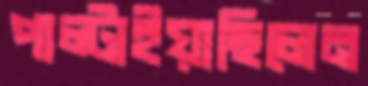
পাল্‌টাইয়াছিলেন